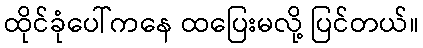
ထိုင်ခုံပေါ်ကနေ ထပြေးမလို့ ပြင်တယ်။